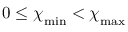
0 \le { \chi \smash [ t ] { \mathstrut } } _ { \mathrm { m i n } } < { \chi \smash [ t ] { \mathstrut } } _ { \mathrm { m a x } }